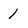
Character: 1